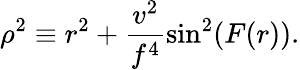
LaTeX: \rho^{2}\equiv r^{2}+\frac{v^{2}}{f^{4}}\sin^{2}(F(r)).